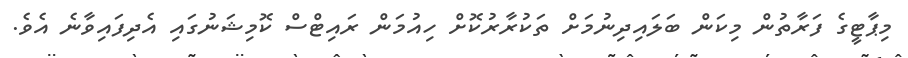
މިޕާޓީގެ ފަރާތުން މިކަން ބަލައިދިނުމަށް ތަކުރާރުކޮށް ހިއުމަން ރައިޓްސް ކޮމިޝަނުގައި އެދިފައިވާނެ އެވެ.